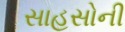
સાહસોની